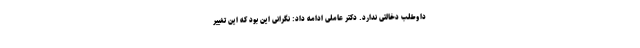
داوطلب دخالتی ندارد. دکتر عاملی ادامه داد: نگرانی این بود که این تغییر